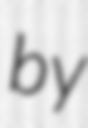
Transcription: by